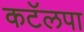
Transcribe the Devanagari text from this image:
कटॅलपा